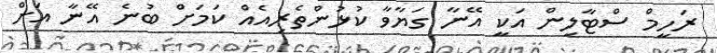
ރަހީމް ސްޓާލިން އަކީ އޭނާ ގަޔާވާ ކުޅުންތެރިއެއް ކަމަށް ބުނެ އޭނާ އަށް